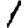
Digit: 1